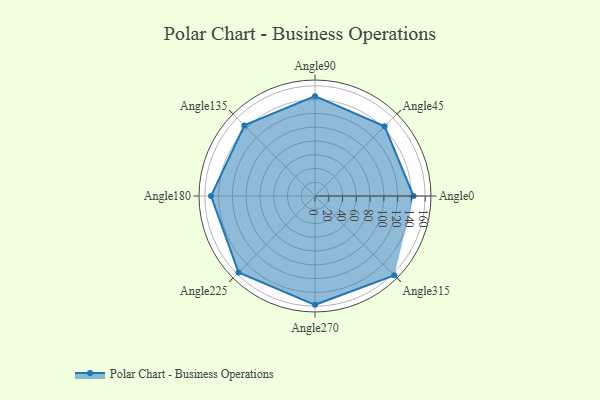
{"axis": {"x": "Angle", "y": "Radius"}, "legend": [""], "data": [{"x": "Angle0", "y": 143.0, "type": ""}, {"x": "Angle45", "y": 143.0, "type": ""}, {"x": "Angle90", "y": 145.0, "type": ""}, {"x": "Angle135", "y": 145.0, "type": ""}, {"x": "Angle180", "y": 151.0, "type": ""}, {"x": "Angle225", "y": 157.0, "type": ""}, {"x": "Angle270", "y": 158.0, "type": ""}, {"x": "Angle315", "y": 163.0, "type": ""}]}